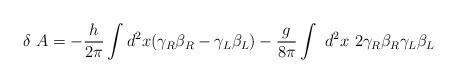
LaTeX: \begin{align*}\delta~A=-{h\over 2\pi}\int d^2x (\gamma_R\beta_R-\gamma_L\beta_L)-{g\over 8\pi}\int~ d^2x ~2\gamma_R\beta_R\gamma_L\beta_L\end{align*}